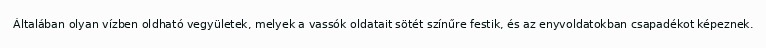
Általában olyan vízben oldható vegyületek, melyek a vassók oldatait sötét színűre festik, és az enyvoldatokban csapadékot képeznek.